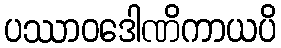
ပဿာဝဒေါဏိကာယပိ